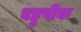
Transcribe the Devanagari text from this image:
बहुपीक